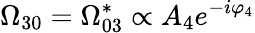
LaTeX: \Omega_{30}=\Omega_{03}^{*}\propto A_{4}e^{-i\varphi_{4}}